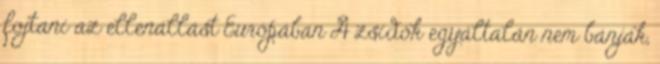
fojtani az ellenállást Európában A zsidók egyáltalán nem bánják,